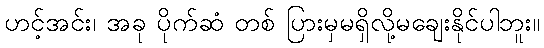
ဟင့်အင်း၊ အခု ပိုက်ဆံ တစ် ပြားမှမရှိလို့မချေးနိုင်ပါဘူး။